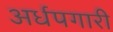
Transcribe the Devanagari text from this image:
अर्धपगारी